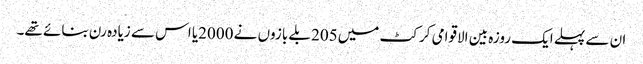
ان سے پہلے ایک روزہ بین الاقوامی کرکٹ میں205 بلے بازوں نے 2000یا اس سے زیادہ رن بنائے تھے۔